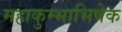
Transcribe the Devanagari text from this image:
महाकुम्भाभिषेक